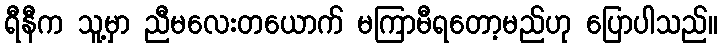
ရီနီက သူ့မှာ ညီမလေးတယောက် မကြာမီရတော့မည်ဟု ပြောပါသည်။